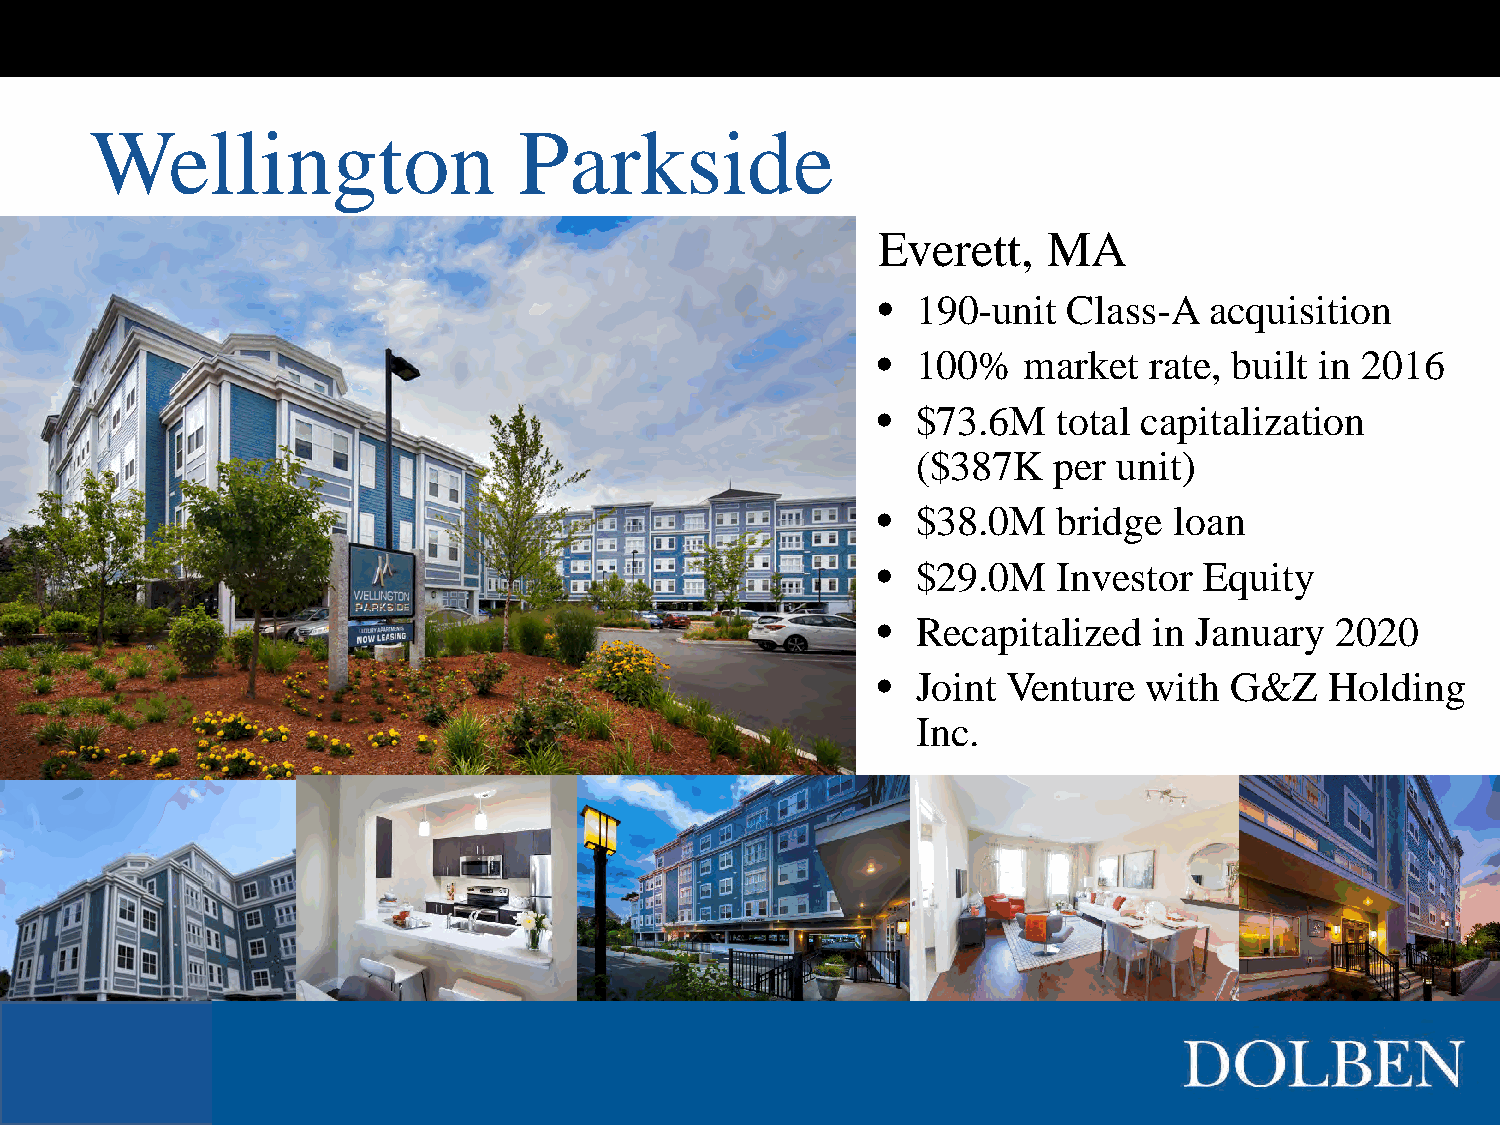
Wellington                  Parkside
 Everett,   MA
 •  190-unit  Class-A  acquisition
 •  100%   market  rate, built in 2016
 •  $73.6M   total capitalization
 ($387K   per unit)
 •  $38.0M   bridge  loan
 •  $29.0M   Investor  Equity
 •  Recapitalized  in January  2020
 •  Joint Venture  with G&Z    Holding
 Inc.